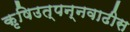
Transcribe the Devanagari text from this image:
कृषिउत्पन्नवाढीस